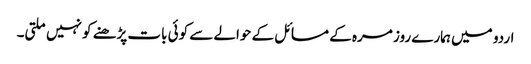
اردو میں ہمارے روز مرہ کے مسائل کے حوالے سے کوئی بات پڑھنے کو نہیں ملتی۔